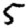
Digit: 5